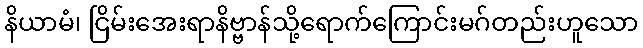
နိယာမံ၊ ငြိမ်းအေးရာနိဗ္ဗာန်သို့ရောက်ကြောင်းမဂ်တည်းဟူသော